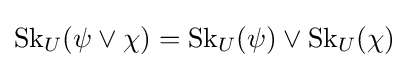
\operatorname {Sk} _{U}(\psi \lor \chi )=\operatorname {Sk} _{U}(\psi )\lor \operatorname {Sk} _{U}(\chi )